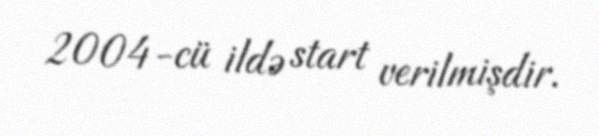
2004-cü ildə start verilmişdir.